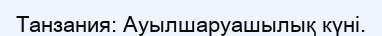
Танзания: Ауылшаруашылық күні.